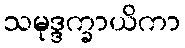
သမုဒ္ဒက္ခာယိကာ